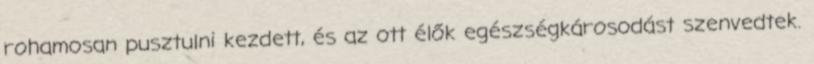
rohamosan pusztulni kezdett, és az ott élők egészségkárosodást szenvedtek.